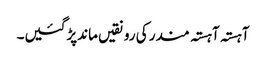
آہستہ آہستہ مندر کی رونقیں ماندپڑگئیں۔